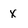
Character: X